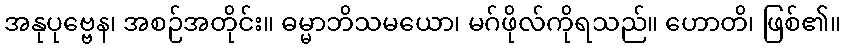
အနုပုဗ္ဗေန၊ အစဉ်အတိုင်း။ ဓမ္မာဘိသမယော၊ မဂ်ဖိုလ်ကိုရသည်။ ဟောတိ၊ ဖြစ်၏။